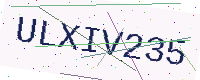
Text: ULXIV235